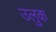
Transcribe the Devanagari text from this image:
उलुक